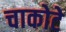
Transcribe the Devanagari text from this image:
चाकोटे